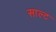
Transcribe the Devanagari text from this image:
साल्‍ट